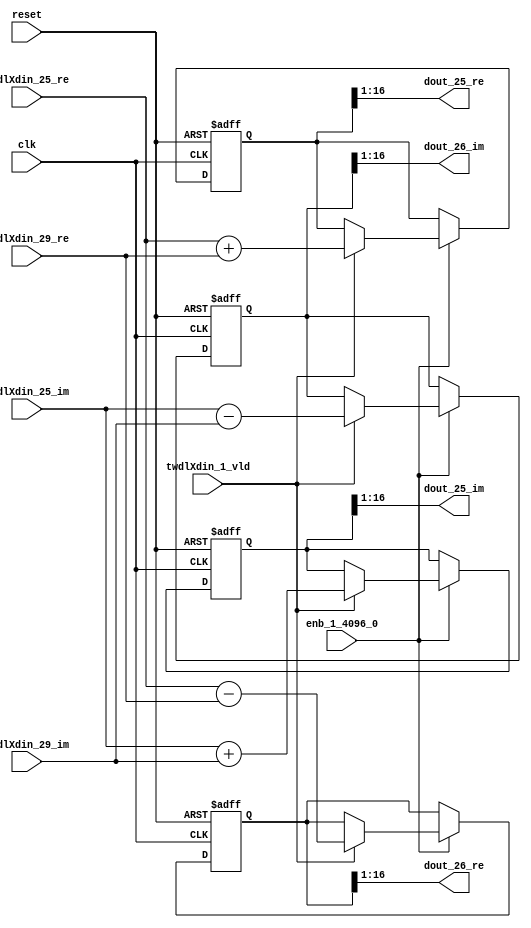
// -------------------------------------------------------------
// 
// 
// Generated by MATLAB 9.14 and HDL Coder 4.1
// 
// -------------------------------------------------------------


// -------------------------------------------------------------
// 
// Module: RADIX22FFT_SDNF1_5_block11
// Source Path: dsphdl.IFFT/RADIX22FFT_SDNF1_5
// Hierarchy Level: 4
// 
// -------------------------------------------------------------

`timescale 1 ns / 1 ns

module RADIX22FFT_SDNF1_5_block11
          (clk,
           reset,
           enb_1_4096_0,
           twdlXdin_25_re,
           twdlXdin_25_im,
           twdlXdin_29_re,
           twdlXdin_29_im,
           twdlXdin_1_vld,
           dout_25_re,
           dout_25_im,
           dout_26_re,
           dout_26_im);


  input   clk;
  input   reset;
  input   enb_1_4096_0;
  input   signed [15:0] twdlXdin_25_re;  // sfix16_En14
  input   signed [15:0] twdlXdin_25_im;  // sfix16_En14
  input   signed [15:0] twdlXdin_29_re;  // sfix16_En14
  input   signed [15:0] twdlXdin_29_im;  // sfix16_En14
  input   twdlXdin_1_vld;
  output  signed [15:0] dout_25_re;  // sfix16_En14
  output  signed [15:0] dout_25_im;  // sfix16_En14
  output  signed [15:0] dout_26_re;  // sfix16_En14
  output  signed [15:0] dout_26_im;  // sfix16_En14


  reg signed [16:0] Radix22ButterflyG1_NF_btf1_re_reg;  // sfix17
  reg signed [16:0] Radix22ButterflyG1_NF_btf1_im_reg;  // sfix17
  reg signed [16:0] Radix22ButterflyG1_NF_btf2_re_reg;  // sfix17
  reg signed [16:0] Radix22ButterflyG1_NF_btf2_im_reg;  // sfix17
  reg  Radix22ButterflyG1_NF_dinXtwdl_vld_dly1;
  reg signed [16:0] Radix22ButterflyG1_NF_btf1_re_reg_next;  // sfix17_En14
  reg signed [16:0] Radix22ButterflyG1_NF_btf1_im_reg_next;  // sfix17_En14
  reg signed [16:0] Radix22ButterflyG1_NF_btf2_re_reg_next;  // sfix17_En14
  reg signed [16:0] Radix22ButterflyG1_NF_btf2_im_reg_next;  // sfix17_En14
  reg  Radix22ButterflyG1_NF_dinXtwdl_vld_dly1_next;
  reg signed [15:0] dout_25_re_1;  // sfix16_En14
  reg signed [15:0] dout_25_im_1;  // sfix16_En14
  reg signed [15:0] dout_26_re_1;  // sfix16_En14
  reg signed [15:0] dout_26_im_1;  // sfix16_En14
  reg  dout_25_vld;
  reg signed [16:0] Radix22ButterflyG1_NF_add_cast;  // sfix17_En14
  reg signed [16:0] Radix22ButterflyG1_NF_add_cast_0;  // sfix17_En14
  reg signed [16:0] Radix22ButterflyG1_NF_sra_temp;  // sfix17_En14
  reg signed [16:0] Radix22ButterflyG1_NF_sub_cast;  // sfix17_En14
  reg signed [16:0] Radix22ButterflyG1_NF_sub_cast_0;  // sfix17_En14
  reg signed [16:0] Radix22ButterflyG1_NF_sra_temp_0;  // sfix17_En14
  reg signed [16:0] Radix22ButterflyG1_NF_add_cast_1;  // sfix17_En14
  reg signed [16:0] Radix22ButterflyG1_NF_add_cast_2;  // sfix17_En14
  reg signed [16:0] Radix22ButterflyG1_NF_sra_temp_1;  // sfix17_En14
  reg signed [16:0] Radix22ButterflyG1_NF_sub_cast_1;  // sfix17_En14
  reg signed [16:0] Radix22ButterflyG1_NF_sub_cast_2;  // sfix17_En14
  reg signed [16:0] Radix22ButterflyG1_NF_sra_temp_2;  // sfix17_En14


  // Radix22ButterflyG1_NF
  always @(posedge clk or posedge reset)
    begin : Radix22ButterflyG1_NF_process
      if (reset == 1'b1) begin
        Radix22ButterflyG1_NF_btf1_re_reg <= 17'sb00000000000000000;
        Radix22ButterflyG1_NF_btf1_im_reg <= 17'sb00000000000000000;
        Radix22ButterflyG1_NF_btf2_re_reg <= 17'sb00000000000000000;
        Radix22ButterflyG1_NF_btf2_im_reg <= 17'sb00000000000000000;
        Radix22ButterflyG1_NF_dinXtwdl_vld_dly1 <= 1'b0;
      end
      else begin
        if (enb_1_4096_0) begin
          Radix22ButterflyG1_NF_btf1_re_reg <= Radix22ButterflyG1_NF_btf1_re_reg_next;
          Radix22ButterflyG1_NF_btf1_im_reg <= Radix22ButterflyG1_NF_btf1_im_reg_next;
          Radix22ButterflyG1_NF_btf2_re_reg <= Radix22ButterflyG1_NF_btf2_re_reg_next;
          Radix22ButterflyG1_NF_btf2_im_reg <= Radix22ButterflyG1_NF_btf2_im_reg_next;
          Radix22ButterflyG1_NF_dinXtwdl_vld_dly1 <= Radix22ButterflyG1_NF_dinXtwdl_vld_dly1_next;
        end
      end
    end

  always @(Radix22ButterflyG1_NF_btf1_im_reg, Radix22ButterflyG1_NF_btf1_re_reg,
       Radix22ButterflyG1_NF_btf2_im_reg, Radix22ButterflyG1_NF_btf2_re_reg,
       Radix22ButterflyG1_NF_dinXtwdl_vld_dly1, twdlXdin_1_vld, twdlXdin_25_im,
       twdlXdin_25_re, twdlXdin_29_im, twdlXdin_29_re) begin
    Radix22ButterflyG1_NF_add_cast = 17'sb00000000000000000;
    Radix22ButterflyG1_NF_add_cast_0 = 17'sb00000000000000000;
    Radix22ButterflyG1_NF_sub_cast = 17'sb00000000000000000;
    Radix22ButterflyG1_NF_sub_cast_0 = 17'sb00000000000000000;
    Radix22ButterflyG1_NF_add_cast_1 = 17'sb00000000000000000;
    Radix22ButterflyG1_NF_add_cast_2 = 17'sb00000000000000000;
    Radix22ButterflyG1_NF_sub_cast_1 = 17'sb00000000000000000;
    Radix22ButterflyG1_NF_sub_cast_2 = 17'sb00000000000000000;
    Radix22ButterflyG1_NF_btf1_re_reg_next = Radix22ButterflyG1_NF_btf1_re_reg;
    Radix22ButterflyG1_NF_btf1_im_reg_next = Radix22ButterflyG1_NF_btf1_im_reg;
    Radix22ButterflyG1_NF_btf2_re_reg_next = Radix22ButterflyG1_NF_btf2_re_reg;
    Radix22ButterflyG1_NF_btf2_im_reg_next = Radix22ButterflyG1_NF_btf2_im_reg;
    Radix22ButterflyG1_NF_dinXtwdl_vld_dly1_next = twdlXdin_1_vld;
    if (twdlXdin_1_vld) begin
      Radix22ButterflyG1_NF_add_cast = {twdlXdin_25_re[15], twdlXdin_25_re};
      Radix22ButterflyG1_NF_add_cast_0 = {twdlXdin_29_re[15], twdlXdin_29_re};
      Radix22ButterflyG1_NF_btf1_re_reg_next = Radix22ButterflyG1_NF_add_cast + Radix22ButterflyG1_NF_add_cast_0;
      Radix22ButterflyG1_NF_sub_cast = {twdlXdin_25_re[15], twdlXdin_25_re};
      Radix22ButterflyG1_NF_sub_cast_0 = {twdlXdin_29_re[15], twdlXdin_29_re};
      Radix22ButterflyG1_NF_btf2_re_reg_next = Radix22ButterflyG1_NF_sub_cast - Radix22ButterflyG1_NF_sub_cast_0;
      Radix22ButterflyG1_NF_add_cast_1 = {twdlXdin_25_im[15], twdlXdin_25_im};
      Radix22ButterflyG1_NF_add_cast_2 = {twdlXdin_29_im[15], twdlXdin_29_im};
      Radix22ButterflyG1_NF_btf1_im_reg_next = Radix22ButterflyG1_NF_add_cast_1 + Radix22ButterflyG1_NF_add_cast_2;
      Radix22ButterflyG1_NF_sub_cast_1 = {twdlXdin_25_im[15], twdlXdin_25_im};
      Radix22ButterflyG1_NF_sub_cast_2 = {twdlXdin_29_im[15], twdlXdin_29_im};
      Radix22ButterflyG1_NF_btf2_im_reg_next = Radix22ButterflyG1_NF_sub_cast_1 - Radix22ButterflyG1_NF_sub_cast_2;
    end
    Radix22ButterflyG1_NF_sra_temp = Radix22ButterflyG1_NF_btf1_re_reg >>> 8'd1;
    dout_25_re_1 = Radix22ButterflyG1_NF_sra_temp[15:0];
    Radix22ButterflyG1_NF_sra_temp_0 = Radix22ButterflyG1_NF_btf1_im_reg >>> 8'd1;
    dout_25_im_1 = Radix22ButterflyG1_NF_sra_temp_0[15:0];
    Radix22ButterflyG1_NF_sra_temp_1 = Radix22ButterflyG1_NF_btf2_re_reg >>> 8'd1;
    dout_26_re_1 = Radix22ButterflyG1_NF_sra_temp_1[15:0];
    Radix22ButterflyG1_NF_sra_temp_2 = Radix22ButterflyG1_NF_btf2_im_reg >>> 8'd1;
    dout_26_im_1 = Radix22ButterflyG1_NF_sra_temp_2[15:0];
    dout_25_vld = Radix22ButterflyG1_NF_dinXtwdl_vld_dly1;
  end



  assign dout_25_re = dout_25_re_1;

  assign dout_25_im = dout_25_im_1;

  assign dout_26_re = dout_26_re_1;

  assign dout_26_im = dout_26_im_1;

endmodule  // RADIX22FFT_SDNF1_5_block11